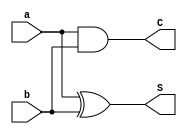
`timescale 1ns / 1ps
//////////////////////////////////////////////////////////////////////////////////
// Company: 
// Engineer: 
// 
// Design Name: 
// Module Name:    ha1 
// Project Name: 
// Target Devices: 
// Tool versions: 
// Description: 
//
// Dependencies: 
//
// Revision: 
// Revision 0.01 - File Created
// Additional Comments: 
//
//////////////////////////////////////////////////////////////////////////////////
module ha1(S, C, a, b);
output S, C;
input a, b;
xor x3(S, a, b);
and a3(C, a, b);
endmodule